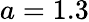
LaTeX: a=1.3